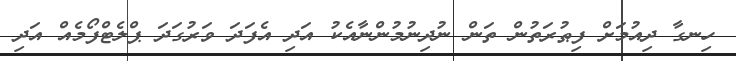
ހިނގާ ދިއުމަށް ފިޠުރަތުން ތަން ނުދިނުމުންނާއެކު އަދި އެފަދަ ވަރުގަދަ ޕްލެޓްފޯމެއް އަދި